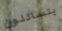
يتسائلون